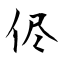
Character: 侭